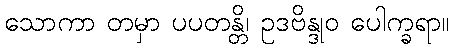
သောကာ တမှာ ပပတန္တိ၊ ဥဒဗိန္ဒုဝ ပေါက္ခရာ။